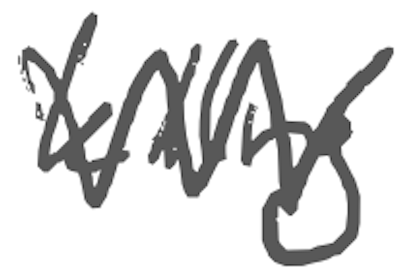
Text: killing
Cross-out: zig-zag
Writing tool: digital_gray